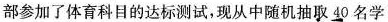
部参加了体育科目的达标测试，现从中随机抽取40名学4